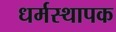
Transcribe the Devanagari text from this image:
धर्मस्थापक